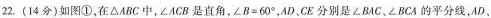
22. ( 14分 )如图①，在△ABC中，∠ACB 是直角，$$∠ B = 6 0 °$$，AD、CE 分别是 ∠BAC、∠BCA 的平分线，AD、